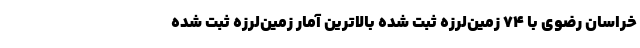
خراسان رضوی با ۷۴ زمین‌لرزه ثبت شده بالاترین آمار زمین‌لرزه ثبت شده